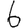
Digit: 6